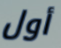
أول